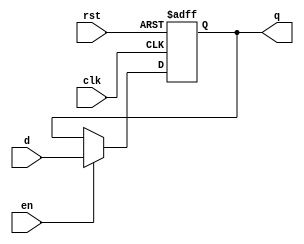
module output_register #(
    parameter WIDTH = 8 // Parameter to define the width of the register
)(
    input wire clk,          // Clock input
    input wire rst,          // Asynchronous reset input
    input wire en,           // Enable signal
    input wire [WIDTH-1:0] d, // Data input
    output reg [WIDTH-1:0] q  // Output of the register
);

    // Asynchronous reset and synchronous update on the clock edge
    always @(posedge clk or posedge rst) begin
        if (rst) begin
            q <= {WIDTH{1'b0}}; // Asynchronous reset to zero
        end else if (en) begin
            q <= d; // Update output on the clock edge if enable is high
        end
    end

endmodule